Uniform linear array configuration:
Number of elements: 4
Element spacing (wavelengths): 0.75
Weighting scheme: exponential
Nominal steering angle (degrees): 0
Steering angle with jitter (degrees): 0.8935
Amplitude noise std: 0.05
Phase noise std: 0.05

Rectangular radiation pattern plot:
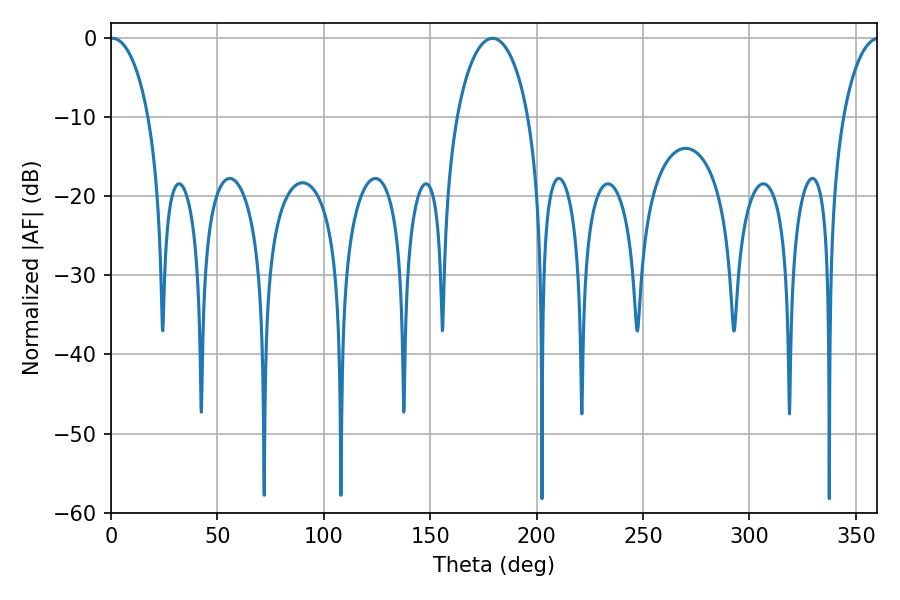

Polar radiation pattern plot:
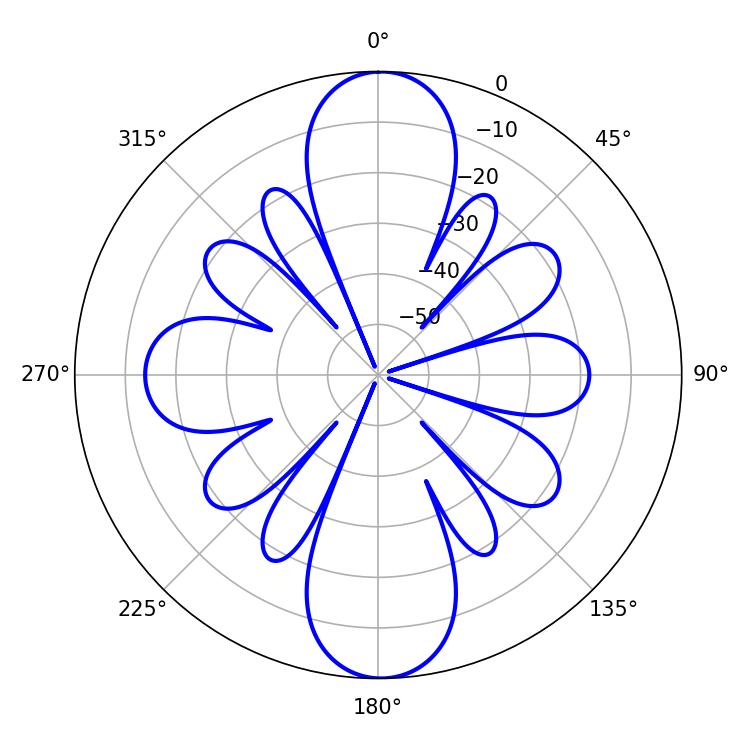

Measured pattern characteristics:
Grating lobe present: TRUE
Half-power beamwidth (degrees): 10.44
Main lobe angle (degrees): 0.72